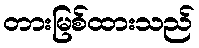
တားမြစ်ထားသည်